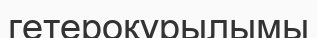
гетероқұрылымы